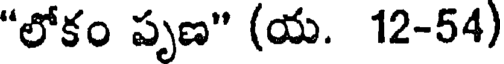
"లోకం పృణ" (య. 12-54)